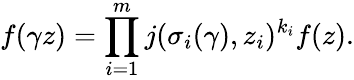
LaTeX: f(\gamma z)=\prod_{i=1}^{m}j(\sigma_{i}(\gamma),z_{i})^{k_{i}}f(z).